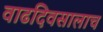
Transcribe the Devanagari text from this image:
वाढदिवसालाच